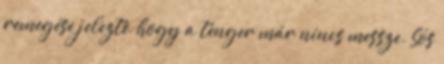
remegése jelezte, hogy a tenger már nincs messze. Sós